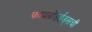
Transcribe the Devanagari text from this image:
फायब्रॉइईड्‌सची